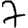
Digit: 7